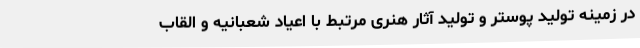
در زمینه تولید پوستر و تولید آثار هنری مرتبط با اعیاد شعبانیه و القاب